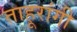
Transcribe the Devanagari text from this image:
ताहूरांगी